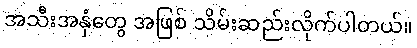
အသီးအနှံတွေ အဖြစ် သိမ်းဆည်းလိုက်ပါတယ်။